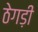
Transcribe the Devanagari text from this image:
ठेगड़ी